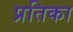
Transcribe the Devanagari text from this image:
प्रतिका